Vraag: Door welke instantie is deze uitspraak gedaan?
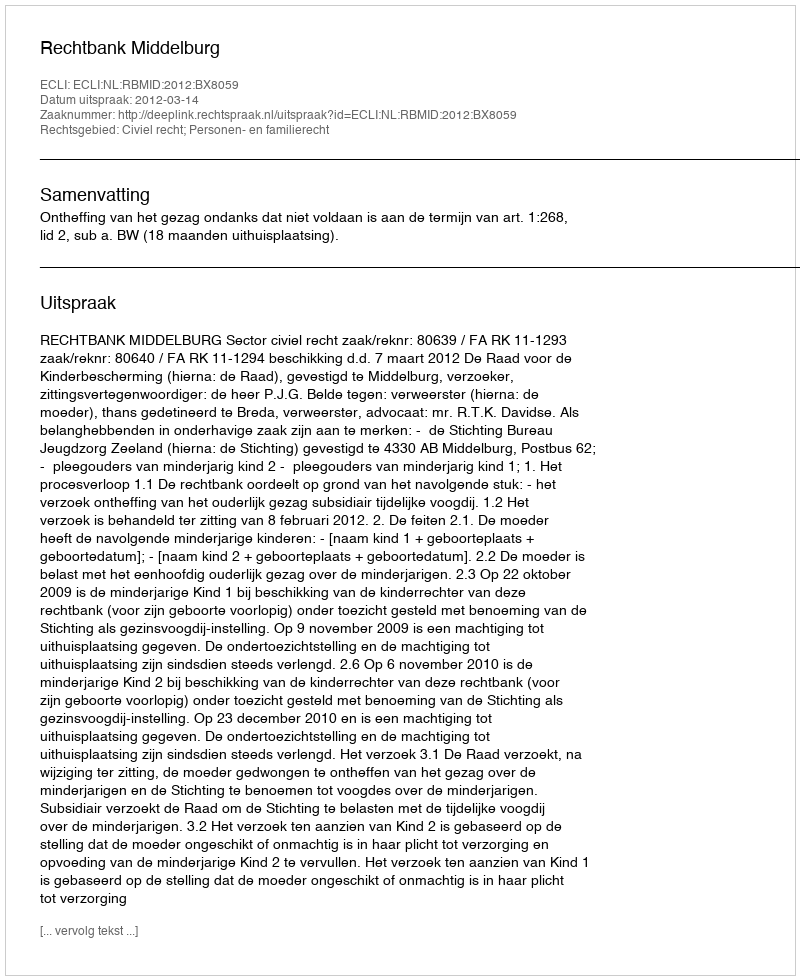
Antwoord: Rechtbank Middelburg